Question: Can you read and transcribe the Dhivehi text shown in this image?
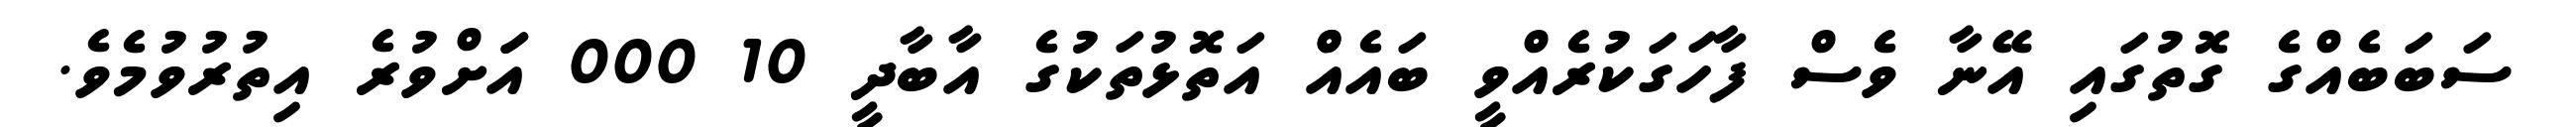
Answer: ސަބަބެއްގެ ގޮތުގައި އޭނާ ވެސް ފާހަގަކުރެއްވީ ބައެއްް އަތޮޅުތަކުގެ އާބާދީ 10 000 އަަށްވުރެ އިތުރުވުމެވެ.